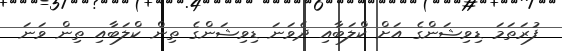
ފުރަތަމަ ޑިވިޝަންގެ އަށް ކްލަބާއި ދެވަނަ ޑިވިޝަންގެ ތިން ކްލަބާއި ތިން ވަނަ